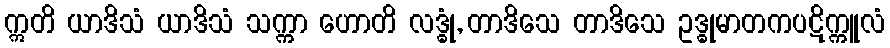
ဣတိ ယာဒိသံ ယာဒိသံ သက္ကာ ဟောတိ လဒ္ဓုံ, တာဒိသေ တာဒိသေ ဥဒ္ဓုမာတကပဋိက္ကူလံ